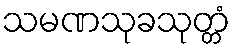
သမဏသုခသုတ္တံ